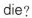
die?